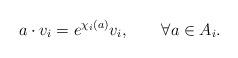
LaTeX: \begin{align*} a \cdot v_i = e^{\chi_i(a)}v_i, \qquad\forall a\in A_i. \end{align*}